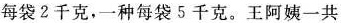
每袋2千克，一种每袋5千克。王阿姨一共